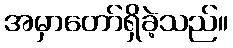
အမှာတော်ရှိခဲ့သည်။